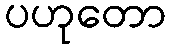
ပဟုတော